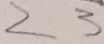
2 3